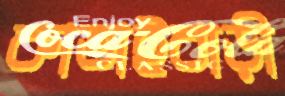
কাতাইবাড়ী